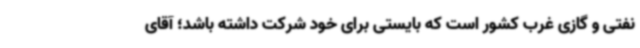
نفتی و گازی غرب کشور است که بایستی برای خود شرکت داشته باشد؛ آقای